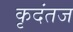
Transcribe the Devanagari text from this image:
कृदंतज